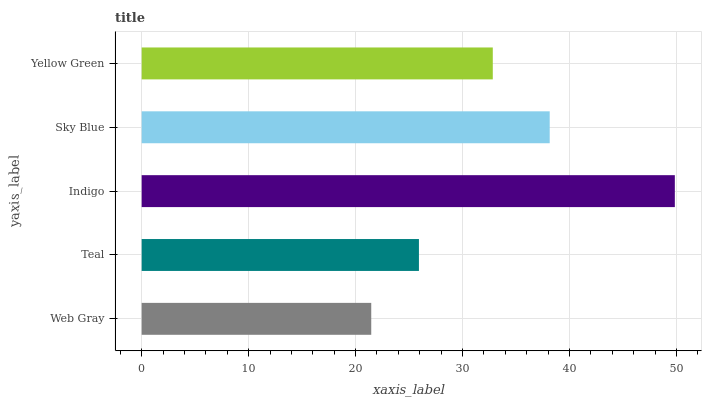
| yaxis_label | bars |
 | --- | --- |
 | Web Gray | 21.5 |
 | Teal | 25.9 |
 | Indigo | 49.8 |
 | Sky Blue | 38.2 |
 | Yellow Green | 32.8 |